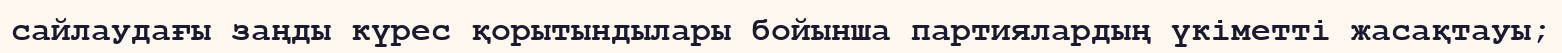
сайлаудағы заңды күрес қорытындылары бойынша партиялардың үкіметті жасақтауы;